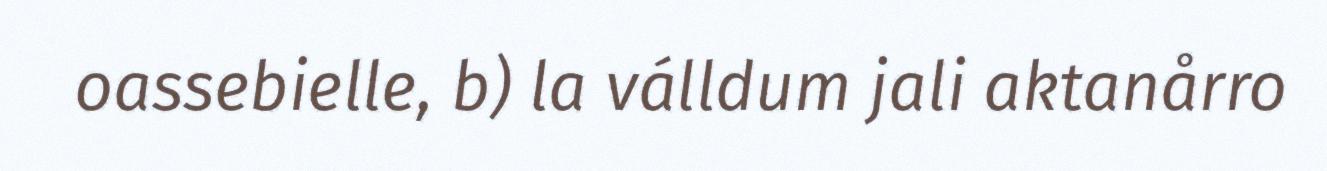
oassebielle, b) la válldum jali aktanårro